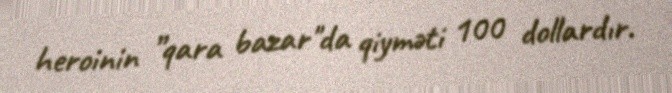
heroinin ”qara bazar"da qiyməti 100 dollardır.